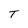
Character: T